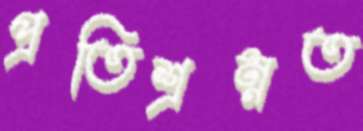
প্রতিশ্রম্নত